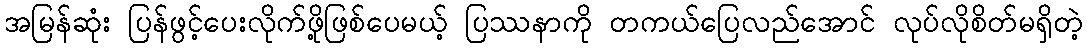
အမြန်ဆုံး ပြန်ဖွင့်ပေးလိုက်ဖို့ဖြစ်ပေမယ့် ပြဿနာကို တကယ်ပြေလည်အောင် လုပ်လိုစိတ်မရှိတဲ့